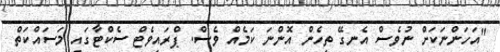
"އަހަންނަކަށް ނުވެސް އެނގޭ ތިހެން އޮންނަ ކަމެއް ވެސް. ޕްރައިވެޓް ސެކްޓާގައި މަސައްކަތް